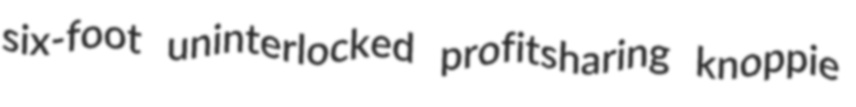
six-foot uninterlocked profitsharing knoppie